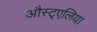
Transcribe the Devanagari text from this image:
औस्ट्एलिया